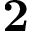
\mathbf { 2 }